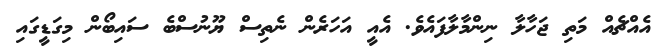
އެއްޗެއް މަތި ޖަހާލާ ނިންމާލާފައެވެ. އެއީ އަހަރެން ނެތިސް ޔޫނުސްބެ ސައިބޯން މިގަޑީގައި